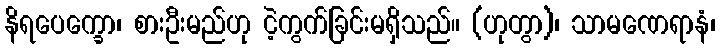
နိရပေက္ခော၊ စားဦးမည်ဟု ငဲ့ကွက်ခြင်းမရှိသည်။ (ဟုတွာ)၊ သာမဏေရာနံ၊